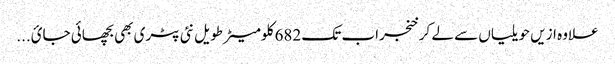
علاوہ ازیں حویلیاں سے لے کر خنجراب تک 682 کلومیٹر طویل نئی پٹری بھی بچھائی جائ...